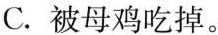
C.被母鸡吃掉。